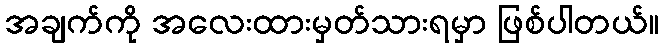
အချက်ကို အလေးထားမှတ်သားရမှာ ဖြစ်ပါတယ်။